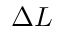
\Delta L